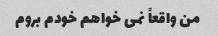
من واقعاً نمی خواهم خودم بروم